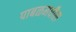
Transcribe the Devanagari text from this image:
पाबळमधील